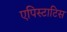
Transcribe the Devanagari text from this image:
एपिस्टाटिस